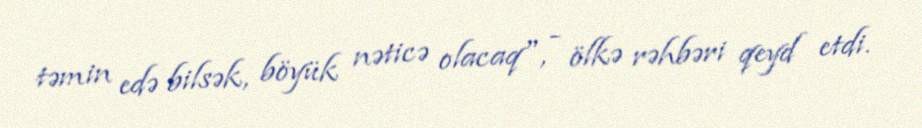
təmin edə bilsək, böyük nəticə olacaq", - ölkə rəhbəri qeyd etdi.